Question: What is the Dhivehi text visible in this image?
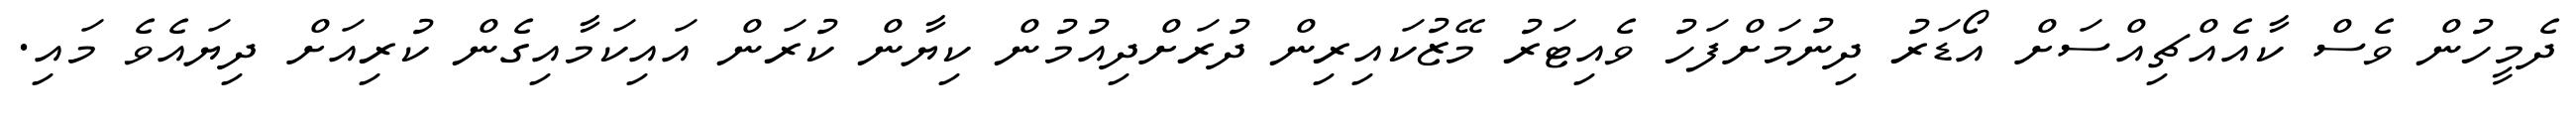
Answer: ދެމީހުން ވެސް ކާއެއްޗިއްސަށް އޯޑަރު ދިނުމަށްފަހު ވެއިޓަރު މޭޒުކައިރިން ދުރަށްދިއުމުން ކިޔާން ކުރަން އައިކަމާއިގެން ކުރިއަށް ދިޔައެވެ މައި.